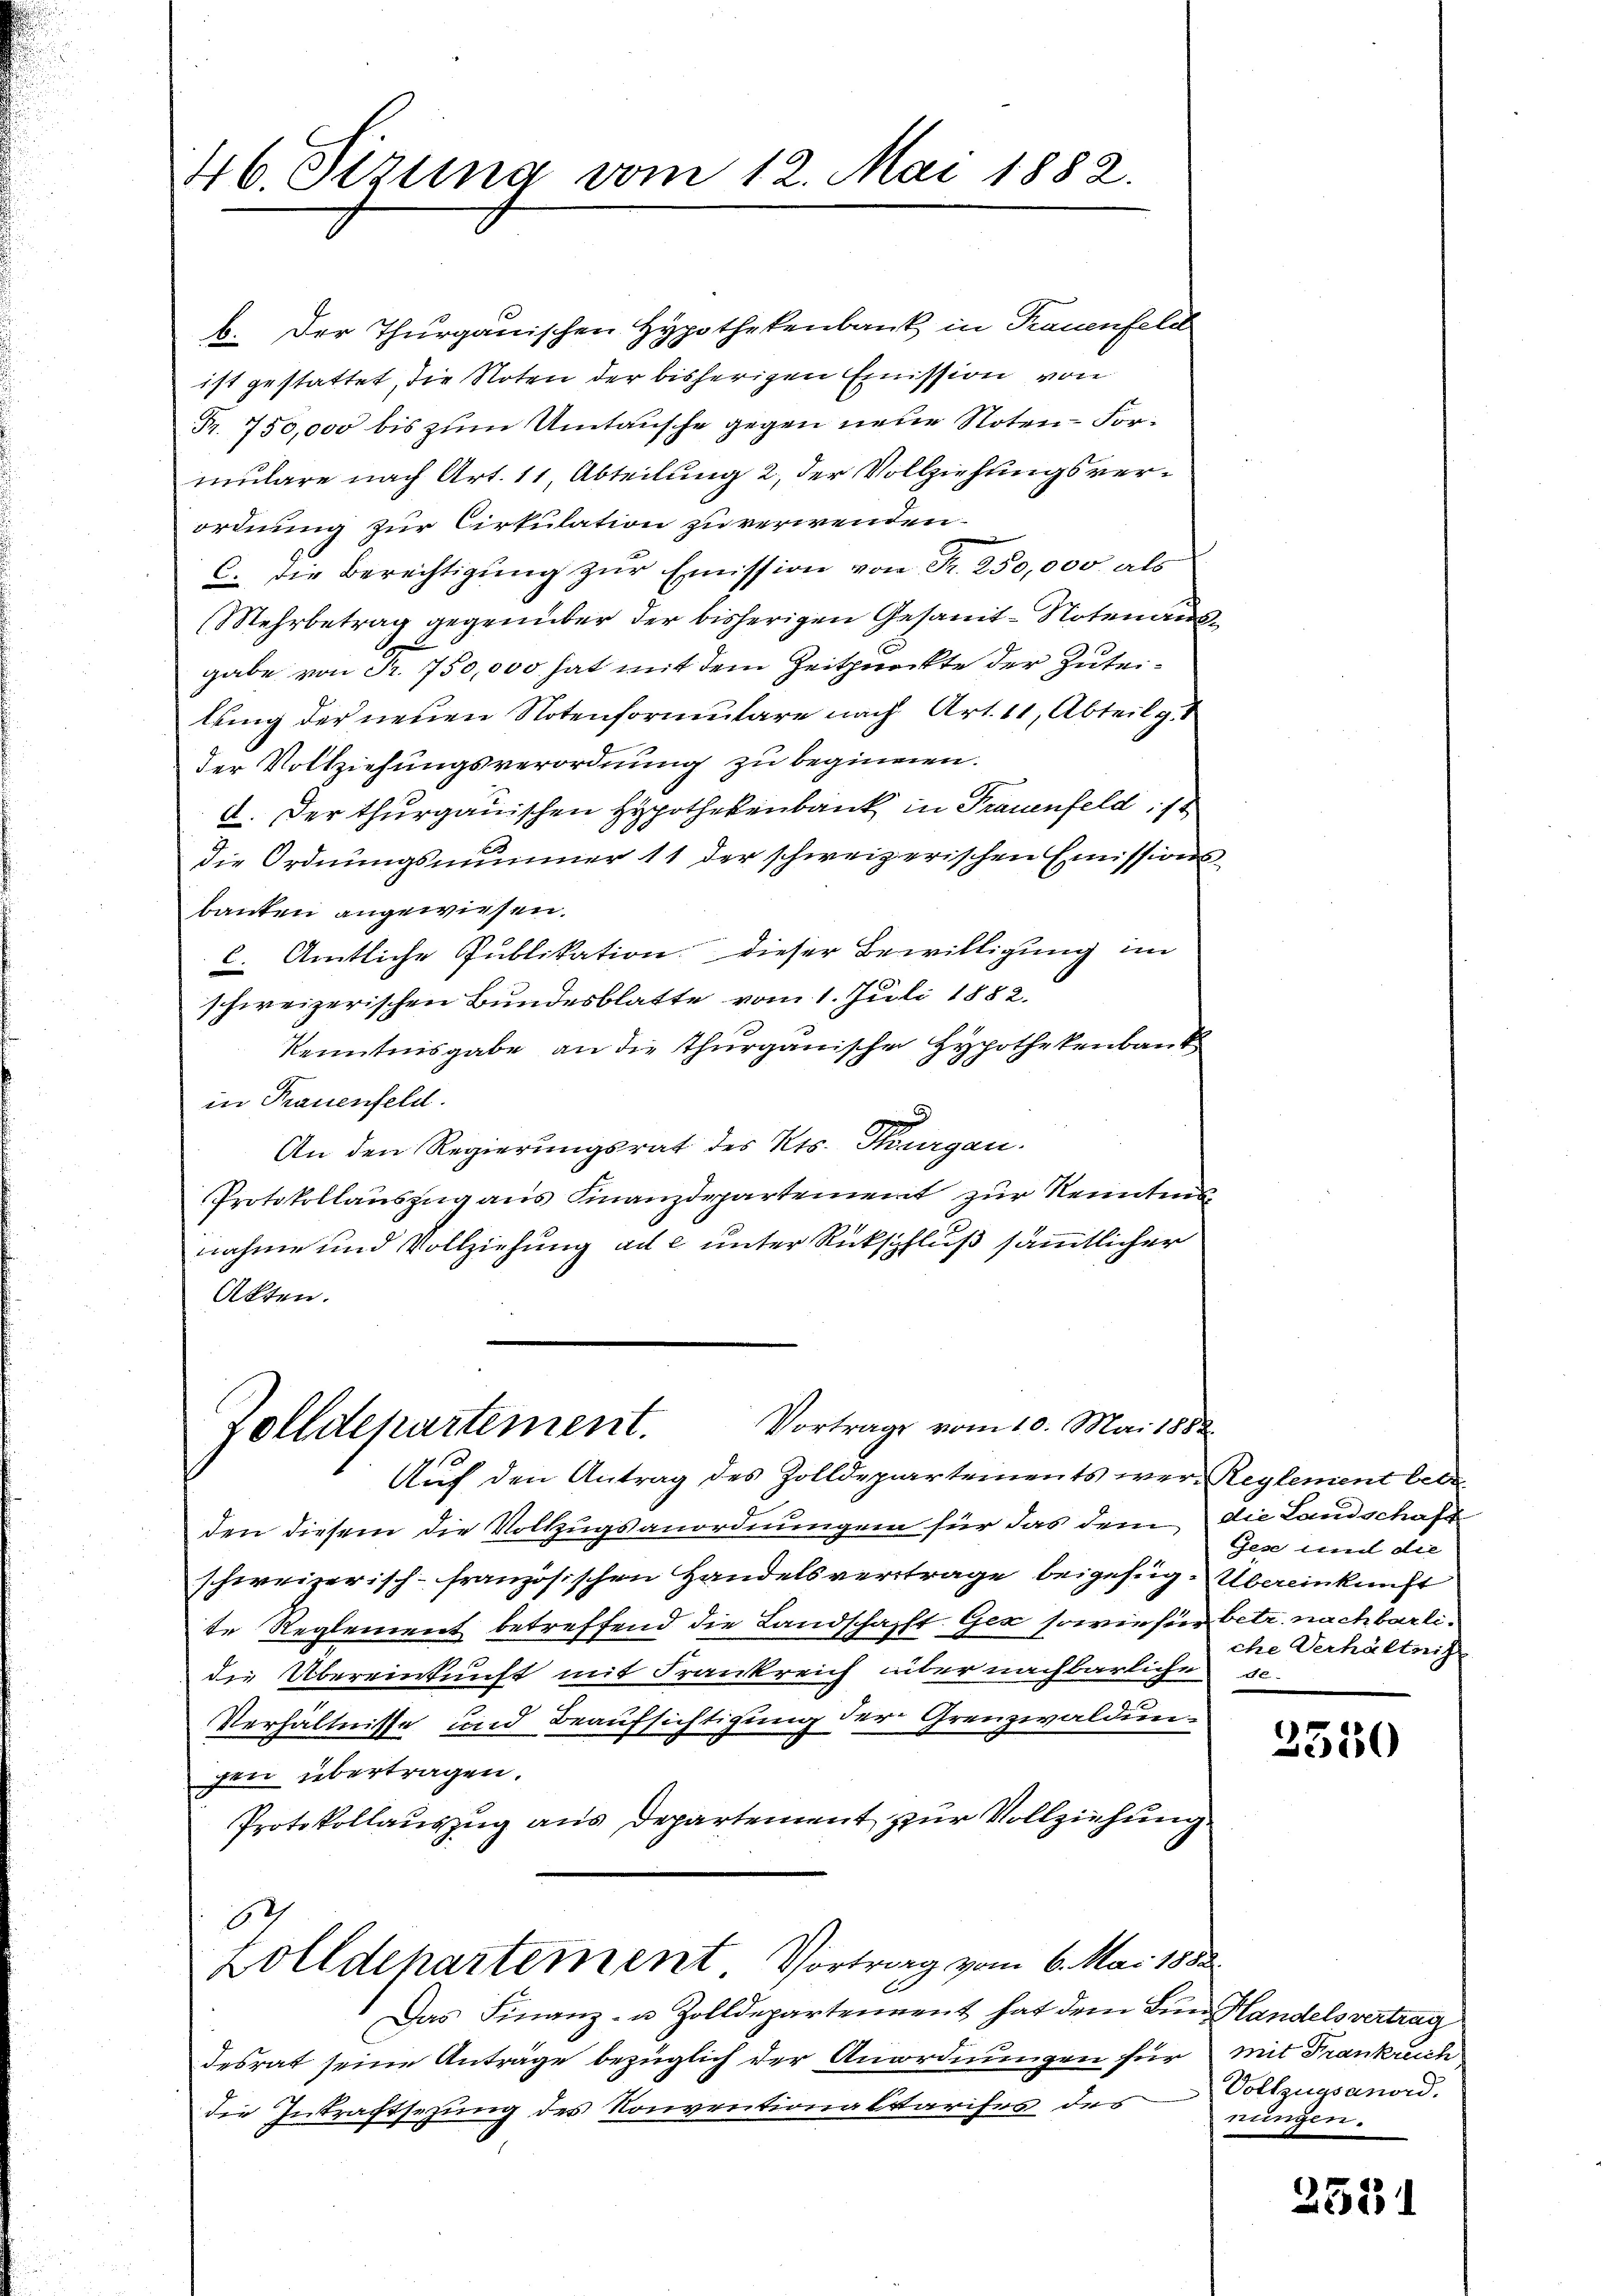
46. Sizung vom 12. Mai 1882.

b. Der Thurgauischen Hypothekenbank in Trauenfeld
ist gestattet, die Noten der bisherigen Emission von
Fr. 750,000 bis zum Umtausche gegen neue Noten-Formulare nach Art. 11, Abteilung 2, der Vollziehungsverordnung zur Cirkulation zu verwenden.
C. Die Berechtigung zŭr Emission von Fr. 250,000 als
Mehrbetrag gegenüber der bisherigen Gesamt-Notenaus
gabe von Fr. 750,000 hat mit dem Zeitpunkte der Zuteilung der neuen Notenformulare nach Art. 11, Abteilg.
der Vollziehungsverordnung zu beginnen.
A. Der thurgauischen Hypothekenbank in Frauenfeld ist
die Ordnungsnummer 11 der schweizerischen Emissions
bauten angewiesen.
c. Amtliche Publikation. Dieser Bewilligung im
schweizerischen Bundesblatte vom 1. Juli 1882.
Kenntnisgabe an die Thurgauische Hypothekenbauk
in Frauenfeld.
u
d
An den Regierungsrat des Kts. Thurgau.
Protokollauszug aus Finanzdepartement zur Kenntnis
nahme und Vollziehung ad e unter Rückschluß sämmtlicher
Akten.

Vortrage vom 10. Mai 1882.
Zolldepartement.
Auf den Antrag des Zolldepartements wer Reglement bede

den diesem die Volkugsanordnungen für das dem die Landschaft
schweizerisch-französischen Handelsvertrage beigefig. Übereinkunft
te Reglement betreffend die Landschafft Gex sowie für betr. nachbarlidie Übereinkunft mit Frankreich über nachbarliche se-
Verhältnisse und Beaufsichtigung der Grenzwaldungen übertragen.
Protokollauszug aus Departement zur Vollziehung
7
Zolldepartement Vortrag vom 6. Mai 1858.
Das Finanz- u. Zolldepartement hat dem Bund Handelsvertrag
desrat seine Anträge bezüglich der Anordnungen für mit Frankrich
die Inkraftsezung des Konventionaltarifes des

Gese und die
che Verhältnis

3550

Vollzugsanord.
nungen.

2551